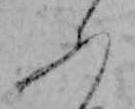
ふ